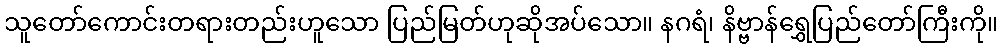
သူတော်ကောင်းတရားတည်းဟူသော ပြည်မြတ်ဟုဆိုအပ်သော။ နဂရံ၊ နိဗ္ဗာန်ရွှေပြည်တော်ကြီးကို။